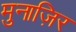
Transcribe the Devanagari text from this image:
मुनाज़िर